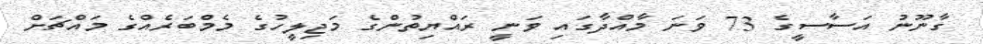
ގާނޫނު އަސާސީގެ 73 ވަނަ މާއްދާގައި ވަނީ ރައްޔިތުންގެ މަޖިލީހުގެ މެމްބަރެއްގެ މައްޗަށް